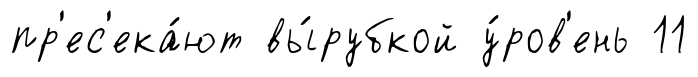
пр'ес'ека́ют вы́рубкой у́ров'ень 11